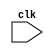
module day(clk);
	input clk;





endmodule